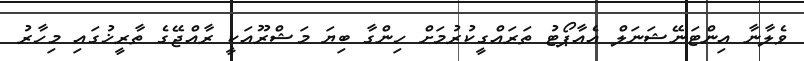
ވެލާނާ އިންޓަނޭޝަނަލް އެއާޕޯޓު ތަރައްގީކުރުމަށް ހިންގާ ބިޔަ މަޝްރޫއަކީ ރާއްޖޭގެ ތާރީޚުގައި މިހާރު